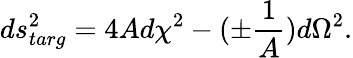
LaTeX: ds_{targ}^{2}=4Ad\chi^{2}-(\pm{\frac{1}{A}})d\Omega^{2}.